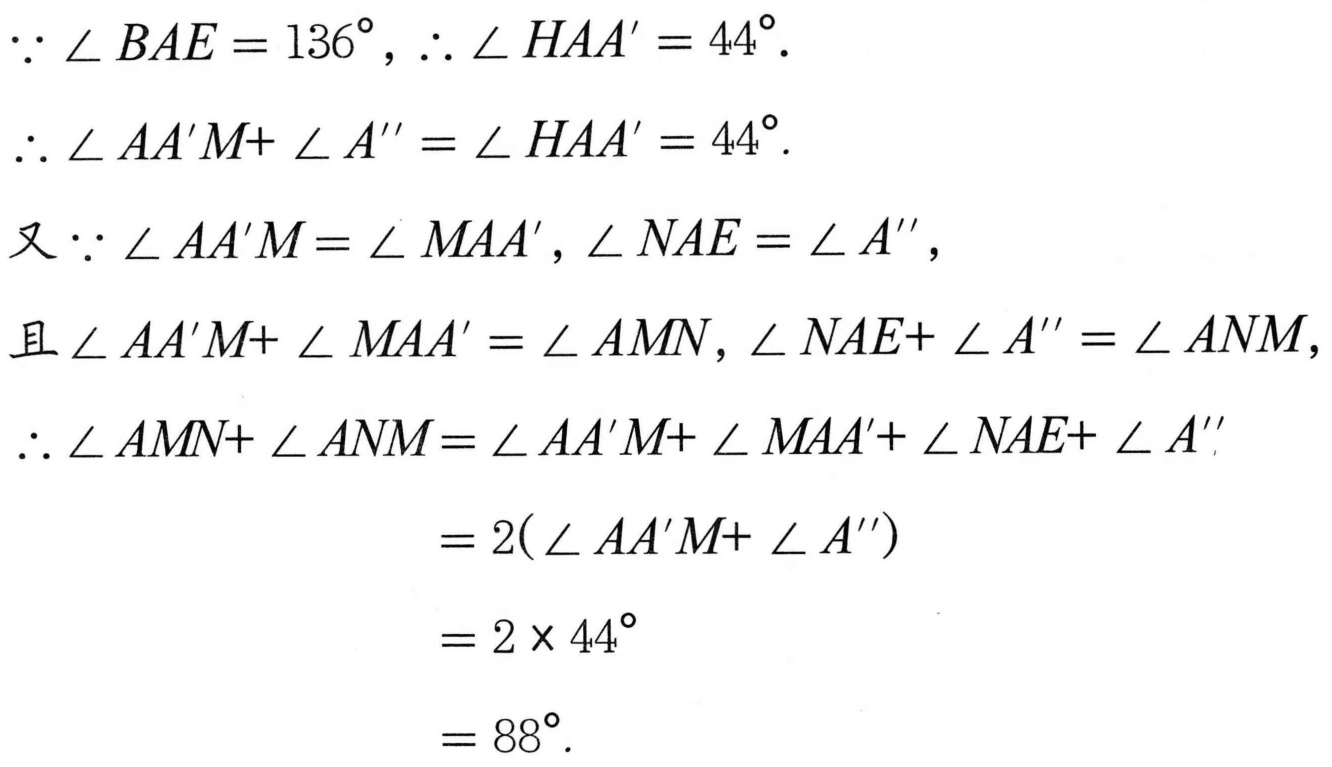
\(\because \angle BAE = 136^{\circ}, \therefore \angle HAA' = 44^{\circ}.\)
\(\therefore \angle AA'M+ \angle A'' = \angle HAA' = 44^{\circ}.\)
\(又\because \angle AA'M = \angle MAA', \angle NAE = \angle A'',\)
\(且\angle AA'M+ \angle MAA' = \angle AMN, \angle NAE+ \angle A'' = \angle ANM,\)
\(\therefore \angle AMN+ \angle ANM=\angle AA'M+ \angle MAA'+ \angle NAE+ \angle A''\)
\(= 2(\angle AA'M+ \angle A'')\)
\(= 2\times 44^{\circ}\)
\(= 88^{\circ}.\)